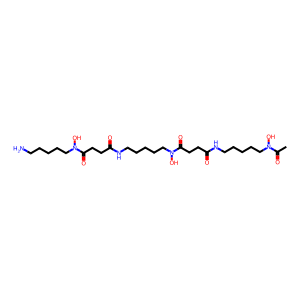
SMILES: CC(=O)N(O)CCCCCNC(=O)CCC(=O)N(O)CCCCCNC(=O)CCC(=O)N(O)CCCCCN
Inhibits HIV replication: No